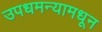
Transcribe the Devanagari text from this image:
उपधमन्यामधून